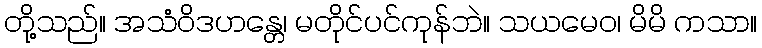
တို့သည်။ အသံဝိဒဟန္တေ၊ မတိုင်ပင်ကုန်ဘဲ။ သယမေဝ၊ မိမိ ကသာ။